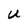
Character: U